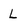
Character: L